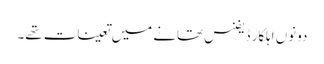
دونوں اہلکار ڈیفنس تھانے میں تعینات تھے۔